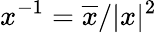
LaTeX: x^{-1}=\overline{{x}}/\vert x\vert^{2}